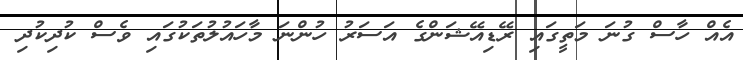
އެއް ހާސް ގުނަ މަތީގައި ރޭޑިއޭޝަންގެ އަސަރު ހުންނަ މާހައުލުތަކުގައި ވެސް ކުދިކުދި